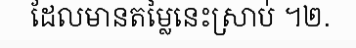
ដែលមានតម្លៃនេះស្រាប់ ។២.